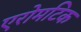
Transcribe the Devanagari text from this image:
एरोमटिक